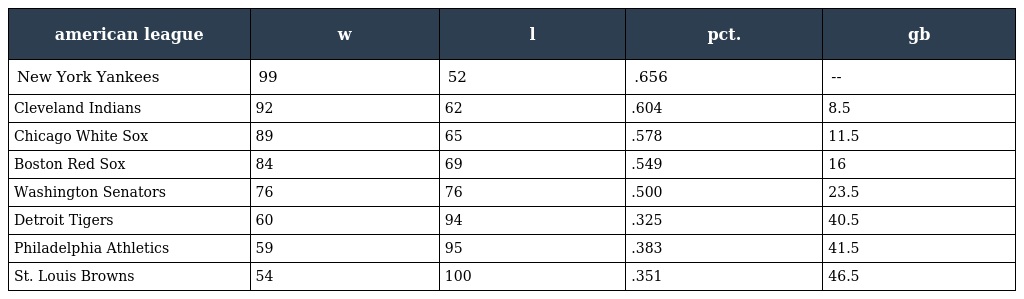
| american league | w | l | pct. | gb |
 | --- | --- | --- | --- | --- |
 | New York Yankees | 99 | 52 | .656 | -- |
 | Cleveland Indians | 92 | 62 | .604 | 8.5 |
 | Chicago White Sox | 89 | 65 | .578 | 11.5 |
 | Boston Red Sox | 84 | 69 | .549 | 16 |
 | Washington Senators | 76 | 76 | .500 | 23.5 |
 | Detroit Tigers | 60 | 94 | .325 | 40.5 |
 | Philadelphia Athletics | 59 | 95 | .383 | 41.5 |
 | St. Louis Browns | 54 | 100 | .351 | 46.5 |